Vaccination in Bombay 1924-1928 - 1924-1928
Year: 1924
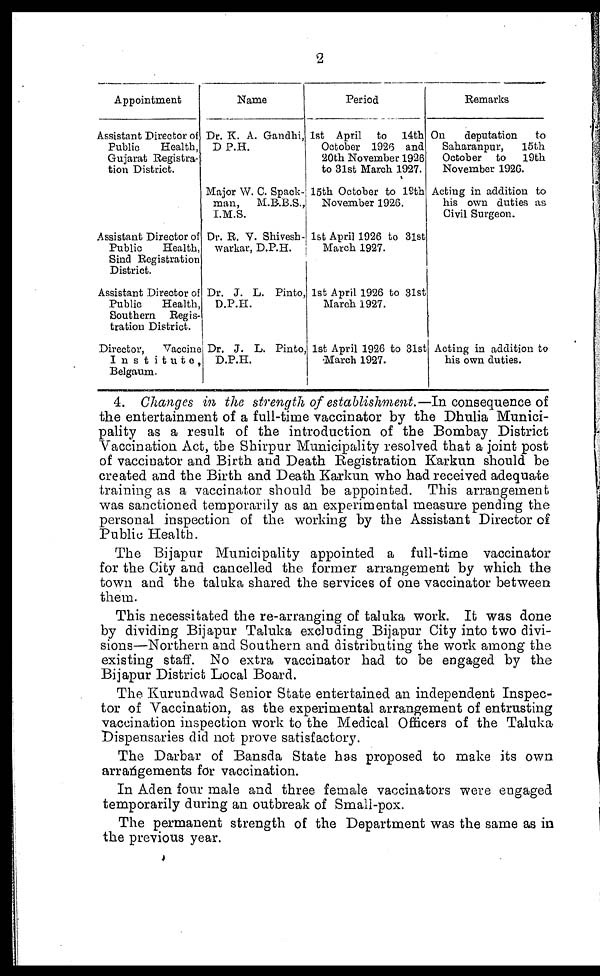
2
Appointment
Assistant Director of
Public
Health,
Gujarat Registra-
tion District.
Assistant Director of
Public
Health,
Sind Registration
District.
Assistant Director of
Public
Health,
Southern Regis-
tration District.
Director,
Vaccine
Institute,
Belgaum.
Name
Dr. K. A. Gandhi,
D P.H.
Major W. C. Spack-
man,
M.B.B.S.,
I.M.S.
Dr. R. V. Shivesh¬
warkar, D.P.H.
Dr. J. L. Pinto,
D.P.H.
Dr. J. L. Pinto
D.P.H.
Period
1st April to
14th
October 1926 and
20th November 1926
to 31st March 1927.
15th October to 12th
November 1926.
1st April 1926 to 3lst
March 1927.
1st April 1926 to 31st
March 1927.
1st April 1926 to 31st
March 1927.
Remarks
On
deputation
to
Saharanpur,
15th
October to
19th
November 192G.
Acting in addition to
his own duties as
Civil Surgeon.
Acting in addition to
his own duties.
4. Changes in the strength of establishment.—In consequence of
the entertainment of a full-time vaccinator by the Dhulia Munici-
pality as a result of the introduction of the Bombay District
Vaccination Act, the Shirpur Municipality resolved that a joint post
of vaccinator and Birth and Death Registration Karkun should be
created and the Birth and Death Karkun who had received adequate
training as a vaccinator should be appointed. This arrangement
was sanctioned temporarily as an experimental measure pending the
personal inspection of the working by the Assistant Director of
Public Health.
The Bijapur Municipality appointed a full-time vaccinator
for the City and cancelled the former arrangement by which the
town and the taluka shared the services of one vaccinator between
them.
This necessitated the re-arranging of taluka work. It was done
by dividing Bijapur Taluka excluding Bijapur City into two divi-
sions—Northern and Southern and distributing the work among the
existing staff. No extra vaccinator had to be engaged by the
Bijapur District Local Board.
The Kurundwad Senior State entertained an independent Inspec-
tor of Vaccination, as the experimental arrangement of entrusting
vaccination inspection work to the Medical Officers of the Taluka
Dispensaries did not prove satisfactory.
The Darbar of Bansda State has proposed to make its own
arrangements for vaccination.
In Aden four male and three female vaccinators were engaged
temporarily during an outbreak of Small-pox.
The permanent strength of the Department was the same as in
the previous year.